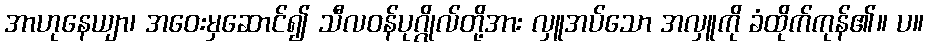
အာဟုနေယျာ၊ အဝေးမှဆောင်၍ သီလဝန်ပုဂ္ဂိုလ်တို့အား လှူအပ်သော အလှူကို ခံထိုက်ကုန်၏။ ပ။